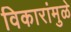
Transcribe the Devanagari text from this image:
विकारांमुळे